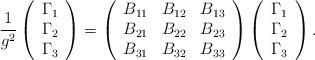
LaTeX: \begin{align*}\frac{1}{g^{2}}\left(\begin{array}{l}\Gamma _{1} \\\Gamma _{2} \\\Gamma _{3}\end{array}\right) =\left(\begin{array}{lll}B_{11} & B_{12} & B_{13} \\B_{21} & B_{22} & B_{23} \\B_{31} & B_{32} & B_{33}\end{array}\right) \left(\begin{array}{l}\Gamma _{1} \\\Gamma _{2} \\\Gamma _{3}\end{array}\right) . \end{align*}